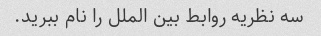
سه نظریه روابط بین الملل را نام ببرید.